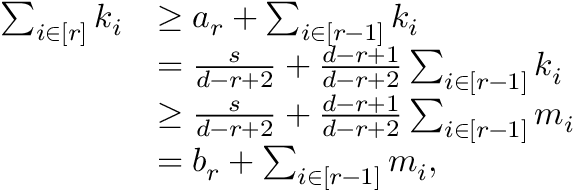
\begin{array} { r l } { \sum _ { i \in [ r ] } k _ { i } } & { \geq a _ { r } + \sum _ { i \in [ r - 1 ] } k _ { i } } \\ & { = \frac { s } { d - r + 2 } + \frac { d - r + 1 } { d - r + 2 } \sum _ { i \in [ r - 1 ] } k _ { i } } \\ & { \geq \frac { s } { d - r + 2 } + \frac { d - r + 1 } { d - r + 2 } \sum _ { i \in [ r - 1 ] } m _ { i } } \\ & { = b _ { r } + \sum _ { i \in [ r - 1 ] } m _ { i } , } \end{array}